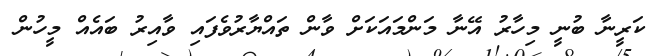
ކަރީނާ ބުނީ މިހާރު އޭނާ މަންމައަކަށް ވާން ތައްޔާރުވެފައި ވާއިރު ބައެއް މީހުން